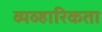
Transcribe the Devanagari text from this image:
व्यव्हारिकता